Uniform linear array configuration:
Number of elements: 4
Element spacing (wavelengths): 0.5
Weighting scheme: exponential
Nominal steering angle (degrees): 15
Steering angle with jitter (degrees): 16.015
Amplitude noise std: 0.05
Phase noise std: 0.05

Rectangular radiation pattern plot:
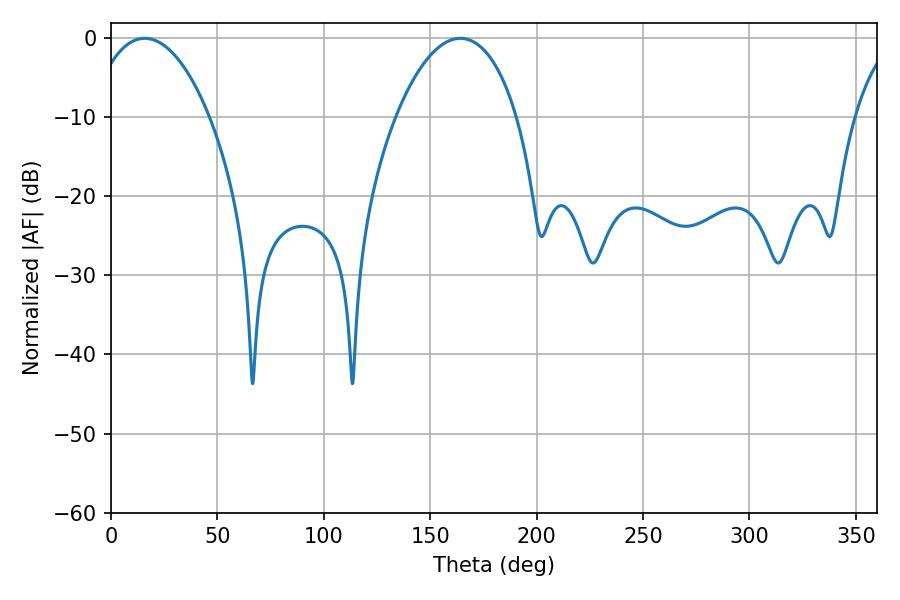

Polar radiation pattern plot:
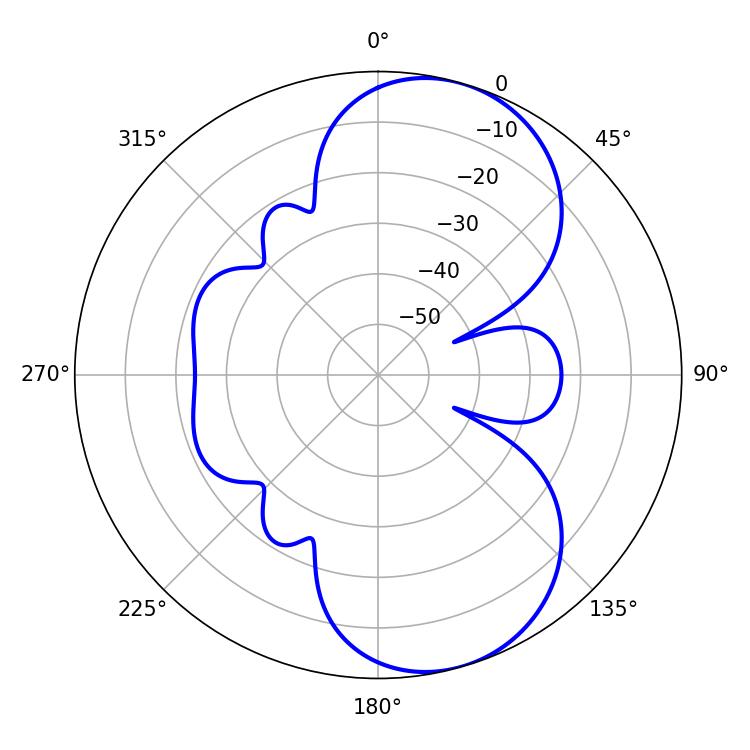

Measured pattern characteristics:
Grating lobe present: FALSE
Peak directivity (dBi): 7.829
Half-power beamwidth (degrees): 31.86
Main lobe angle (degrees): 15.84